Source: Handwritten
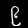
Digit: ၉ (9)